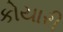
કોયારી